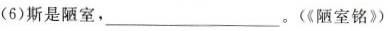
(6)斯是陋室，___